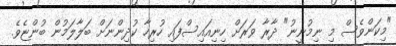
"މިކަންވެސް މި ނިމުނީނު" ދާރާ ވަރަށް ހިނިއައިސްފައި ހުރިހާ ކުދިންނަށް ބަލާލަމުން ބުންޏެވެ.